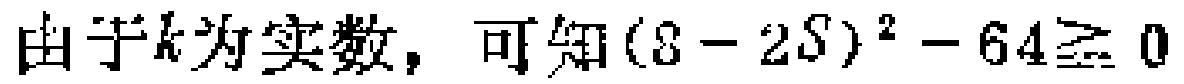
由于\(k\)为实数，可知\((8 - 2S)^{2} - 64\geq 0\)